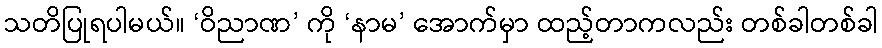
သတိပြုရပါမယ်။ ‘ဝိညာဏ’ ကို ‘နာမ’ အောက်မှာ ထည့်တာကလည်း တစ်ခါတစ်ခါ